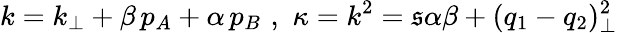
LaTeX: k=k_{\perp}+\beta\, p_{A}+\alpha\, p_{B}\, \, ,\, \, \kappa=k^{2}=\mathfrak{s}\alpha\beta+(q_{1}-q_{2})_{\perp}^{2}